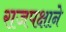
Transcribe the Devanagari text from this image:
राजपक्षाने